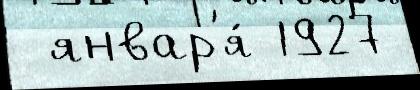
 январ'я́ 1927